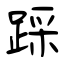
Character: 踩